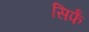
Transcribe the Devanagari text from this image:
सिर्फं